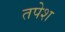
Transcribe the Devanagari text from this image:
तपेश